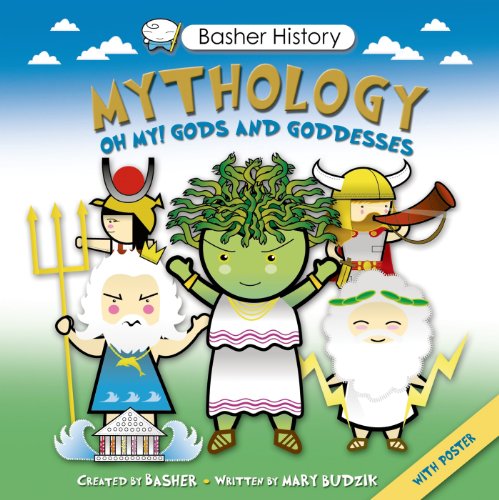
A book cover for Basher History: Mythology: Oh My! Gods and Goddesses; Simon Basher; Children's Books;